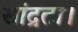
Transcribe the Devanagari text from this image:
सांद्रता।